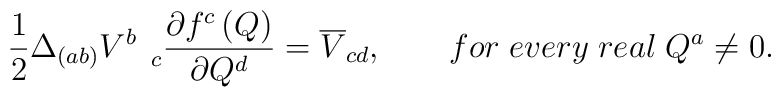
\frac 12\Delta _{(ab)}V_{\quad c}^b\frac{\partial f^c\left(Q\right) }{\partial Q^d}=\overline{V}_{cd},\qquad for\;every\;real\;Q^a\neq0.